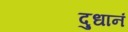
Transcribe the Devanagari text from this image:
दुधानं